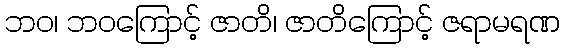
ဘဝ၊ ဘဝကြောင့် ဇာတိ၊ ဇာတိကြောင့် ဇရာမရဏ